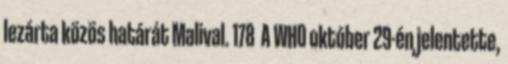
lezárta közös határát Malival. 178 A WHO október 29-én jelentette,